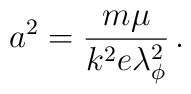
a^{2}=\frac{m\mu }{k^{2}e\lambda ^{2}_{\phi }}\, .